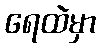
ရေထဲမှာ